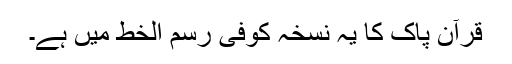
قرآن پاک کا یہ نسخہ کوفی رسم الخط میں ہے۔